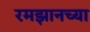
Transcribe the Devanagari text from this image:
रमझानच्या